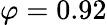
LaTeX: \varphi=0.92